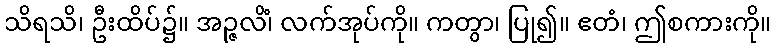
သိရသိ၊ ဦးထိပ်၌။ အဉ္ဇလိံ၊ လက်အုပ်ကို။ ကတွာ၊ ပြု၍။ ဧတံ၊ ဤစကားကို။